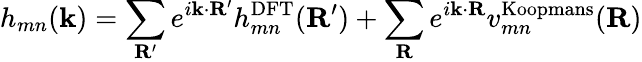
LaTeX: h_{mn}(\mathbf{k})=\sum_{\mathbf{R}^{\prime}}e^{i\mathbf{k}\cdot\mathbf{R}^{\prime}}h_{mn}^{\mathrm{DFT}}(\mathbf{R^{\prime}})+\sum_{\mathbf{R}}e^{i\mathbf{k}\cdot\mathbf{R}}v_{mn}^{\mathrm{Koopmans}}(\mathbf{R})